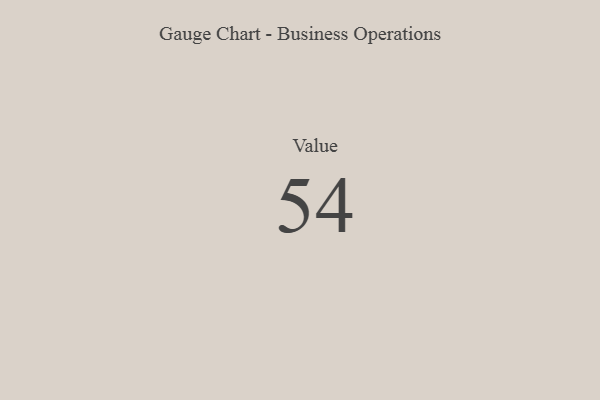
{"axis": {"x": "Metric", "y": "Value"}, "legend": [""], "data": [{"x": "Value", "y": 54, "type": ""}]}